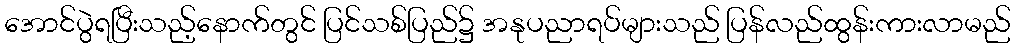
အောင်ပွဲရပြီးသည့်နောက်တွင် ပြင်သစ်ပြည်၌ အနုပညာရပ်များသည် ပြန်လည်ထွန်းကားလာမည်